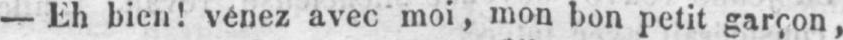
- Eh bien! venez avec moi, mon bon petit garçon,